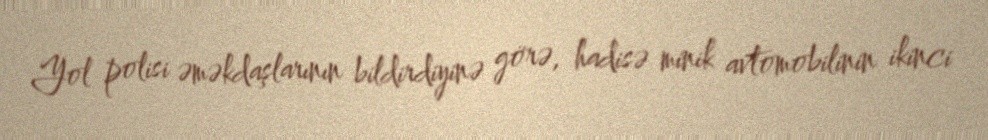
Yol polisi əməkdaşlarının bildirdiyinə görə, hadisə minik avtomobilinin ikinci